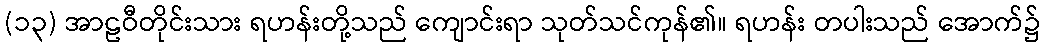
(၁၃) အာဠဝီတိုင်းသား ရဟန်းတို့သည် ကျောင်းရာ သုတ်သင်ကုန်၏။ ရဟန်း တပါးသည် အောက်၌